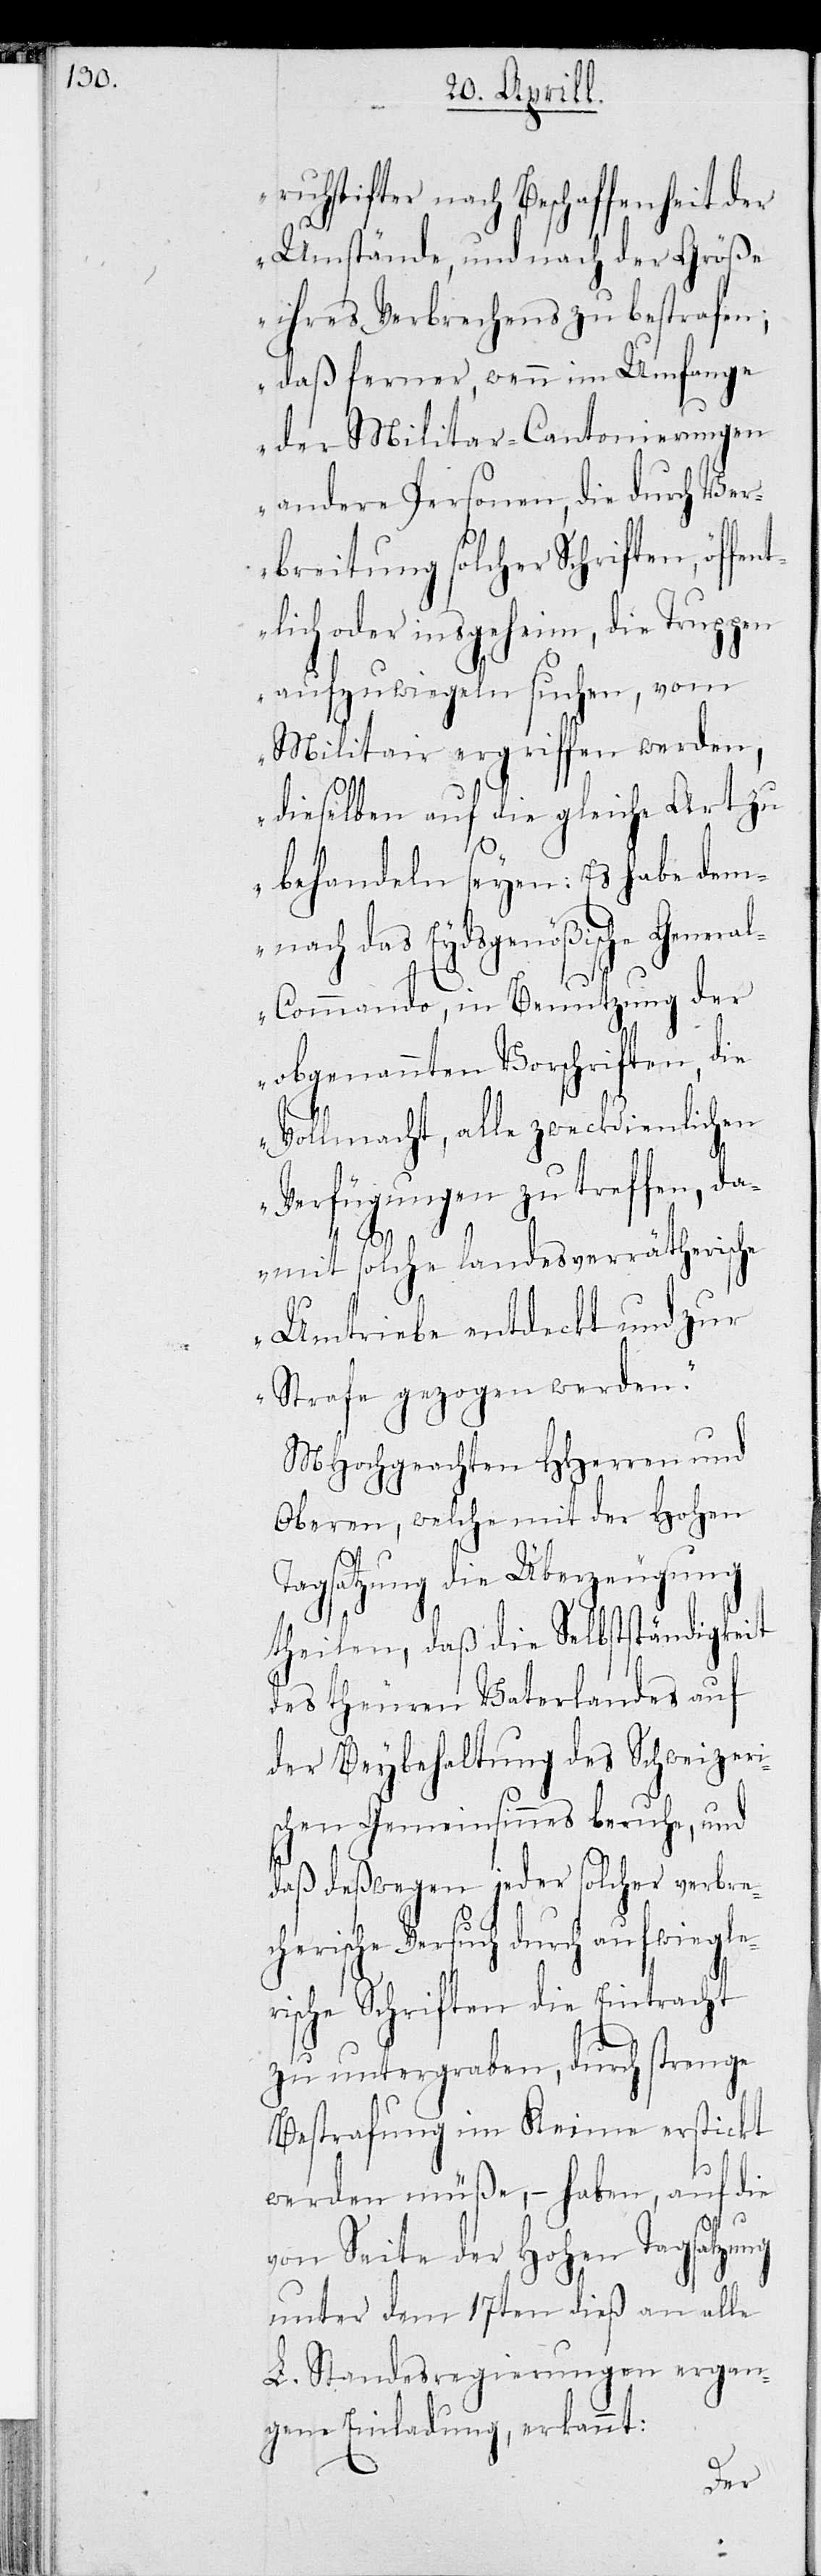
pen

ruhestifter nach Beschaffenheit der
Umstände, und nach der Größe
ihres Verbrechens zu bestrafen;
daß ferner, wenn im Umfange
der Militar-Cantonierungen
andere Personen, die durch Ver¬
breitung solcher Schriften, öff¬
lich oder insgeheim, die Trup¬
aufzuwiegeln suchen, vom
Militair ergriffen werden,
dieselben auf die gleiche Art zu
behandeln seyen: Es habe dem¬
nach das Eydsgenößische Genera¬
l-Commando, in Benutzung der
obgenannten Vorschriften, die
Vollmacht, alle zweckdienlichen
en
amit solche landesverräterisch¬
Umtriebe entdeckt und zur
Strafe gezogen werden.“
MHochgeachten HHerren und
Oberen, welche mit der Ta¬
gsatzung die Überzeugung
theilen, daß die Selbstständigkeit
des theuren Vaterlandes auf
der Beybehaltung des Schweyzeri¬
schen Gemeinsinnes beruhe, und
daß deßwegen jeder solcher verbre¬
cherische Versuch durch aufwiegle¬
rische Schriften die Eintracht
zu untergraben, durch strenge
Bestrafung im Keime erstickt
werden müße, – haben, auf die
von Seite der Hohen Tagsatzung
unter dem 17ten dieß an alle
L. Standesregierungen ergan¬
gene Einladung erkannt: